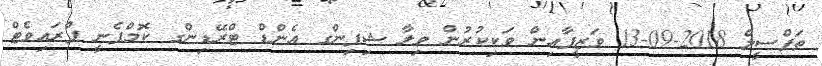
ތަފްސީލް 2018-09-13 ވަޒީފާއިން ވަކިކުރުން ވިލާ ޝިޕިންގ އެންޑް ޓްރޭޑިންގ ކޮމްޕެނީ ޕްރައިވެޓް